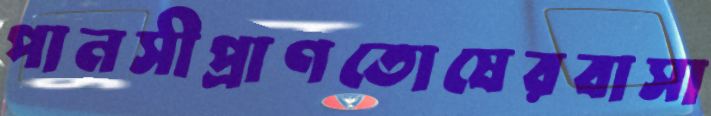
পানসীপ্রাণতোষেরবাসা